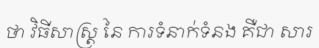
ថា វិធីសាស្ត្រ នៃ ការទំនាក់ទំនង គឺជា សារ